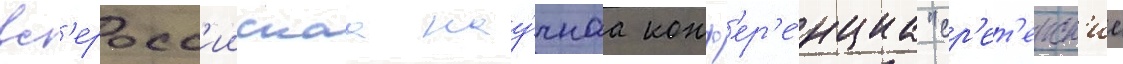
вс'еросс'иискаа нау́чнаа конф'ер'е́нциа "ср'ет'енск'ие